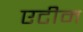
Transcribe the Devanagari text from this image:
एटीम